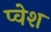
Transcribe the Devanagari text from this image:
प्वेश